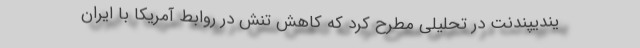
یندیپندنت در تحلیلی مطرح کرد که کاهش تنش در روابط آمریکا با ایران